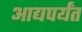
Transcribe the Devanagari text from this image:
आद्यपर्यंत